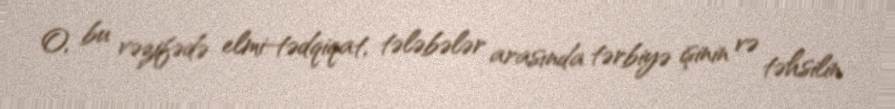
O, bu vəzifədə elmi‐tədqiqat, tələbələr arasında tərbiyə işinin və təhsilin